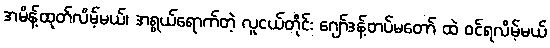
အမိန့်ထုတ်လိမ့်မယ်၊ အရွယ်ရောက်တဲ့ လူငယ်တိုင်း ဂျော်ဒန့်တပ်မတော် ထဲ ဝင်ရလိမ့်မယ်